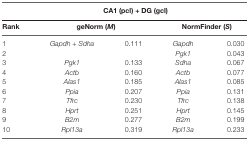
<table><thead><tr><td colspan="5"><b>CA1 (pcl) + DG (gcl)</b></td></tr><tr><td><b>Rank</b></td><td colspan="2"><b>geNorm (<i>M</i>)</b></td><td colspan="2"><b>NormFinder (<i>S</i>)</b></td></tr></thead><tbody><tr><td>1</td><td><i>Gapdh + Sdha</i></td><td>0.111</td><td><i>Gapdh</i></td><td>0.030</td></tr><tr><td>2</td><td></td><td></td><td><i>Pgk1</i></td><td>0.043</td></tr><tr><td>3</td><td><i>Pgk1</i></td><td>0.133</td><td><i>Sdha</i></td><td>0.067</td></tr><tr><td>4</td><td><i>Actb</i></td><td>0.160</td><td><i>Actb</i></td><td>0.077</td></tr><tr><td>5</td><td><i>Alas1</i></td><td>0.185</td><td><i>Alas1</i></td><td>0.085</td></tr><tr><td>6</td><td><i>Ppia</i></td><td>0.207</td><td><i>Ppia</i></td><td>0.131</td></tr><tr><td>7</td><td><i>Tfrc</i></td><td>0.230</td><td><i>Tfrc</i></td><td>0.138</td></tr><tr><td>8</td><td><i>Hprt</i></td><td>0.251</td><td><i>Hprt</i></td><td>0.145</td></tr><tr><td>9</td><td><i>B2m</i></td><td>0.277</td><td><i>B2m</i></td><td>0.199</td></tr><tr><td>10</td><td><i>Rpl13a</i></td><td>0.319</td><td><i>Rpl13a</i></td><td>0.233</td></tr></tbody></table>